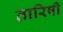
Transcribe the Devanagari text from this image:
तारिषी